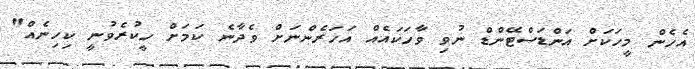
އެހެން މީހަކަށް އަންޑަސްޓޭންޑް ނުވި ވާހަކައެއް އަހަރެންނަށް ވެދާނެ ކަމަށް ހީކުރެވުނީ ކިހިނެއް"